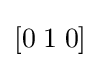
\left[0\;1\;0\right]